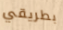
بطريقي